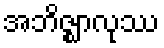
အဘိဇ္ဈာလုဿ